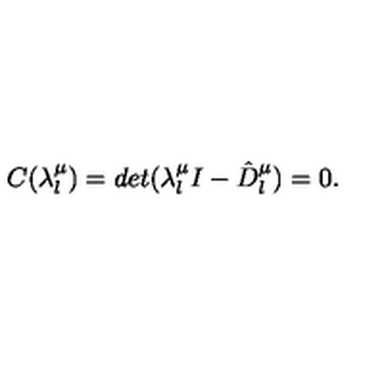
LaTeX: C ( \lambda _ { l } ^ { \mu } ) = d e t ( \lambda _ { l } ^ { \mu } I - \hat { D } _ { l } ^ { \mu } ) = 0 .